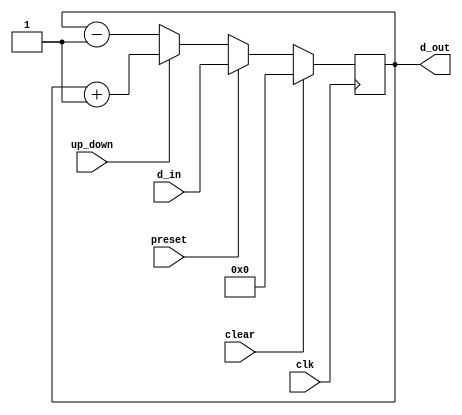

// An n-bit binary up/down counter with synchronous 
// preset and clear.


module counter_binary 
	#(parameter n = 4)
	(input clk, clear, up_down, preset, 
	 input  [n-1:0]d_in, 
	 output [n-1:0]d_out);
	
	reg [n-1:0]counter;

	
	always @(posedge clk) begin
		
			if (clear) counter <= 0;
			else if (preset) counter <= d_in;
			else if (up_down) counter <= counter + 1;
			else counter <= counter - 1;
	end
			
	assign d_out = counter;
		
endmodule